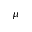
\mu